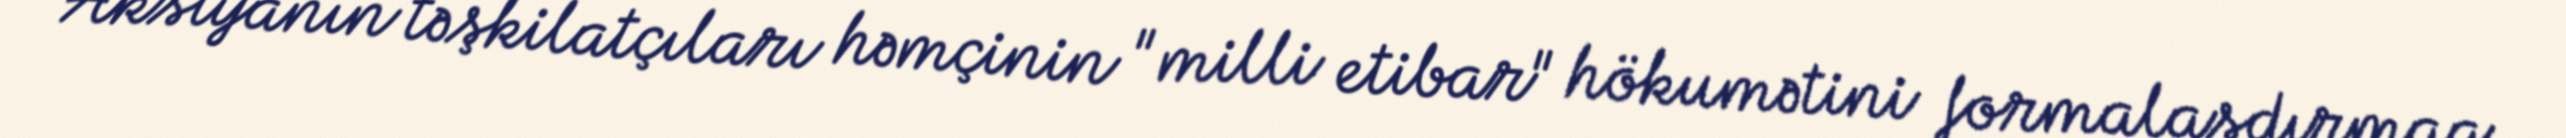
Aksiyanın təşkilatçıları həmçinin "milli etibar" hökumətini formalaşdırmaq